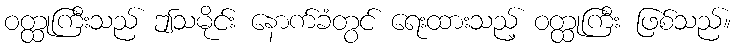
ဝတ္ထုကြီးသည် ဤသမိုင်း နောက်ခံတွင် ရေးထားသည့် ဝတ္ထုကြီး ဖြစ်သည်။